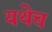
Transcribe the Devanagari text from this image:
यथेच